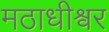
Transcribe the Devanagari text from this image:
मठाधीश्वर